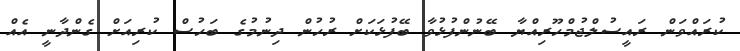
ކުރައްވަން ރައީސުލްޖުމްހޫރިއްޔާ ބޭނުންފުޅުވާ ބޭފުޅަކަށް ރުހުން ދިނުމުގެ ބަހުސް ކުރިއަށް ގެންދާނީ އެއް